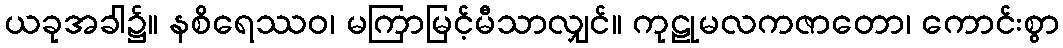
ယခုအခါ၌။ နစိရေဿဝ၊ မကြာမြင့်မီသာလျှင်။ ကုဠုမလကဇာတော၊ ကောင်းစွာ